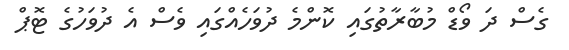
ގެސް ދަ ވޯޑް މުބާރާތުގައި ކޮންމެ ދުވަހެއްގައި ވެސް އެ ދުވަހުގެ ޓޮޕް